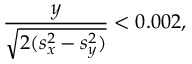
\frac { y } { \sqrt { 2 ( s _ { x } ^ { 2 } - s _ { y } ^ { 2 } ) } } < 0 . 0 0 2 ,